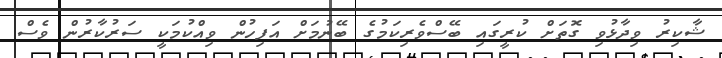
ޝާކިރު ވިދާޅުވި ގޮތަށް ކުރީގައި ބޭސްވެރިކަމުގެ ބޭނުމަށް އަފިހުން ވިއްކުމަކީ ސަރުކާރުން ވެސް